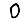
Digit: 0